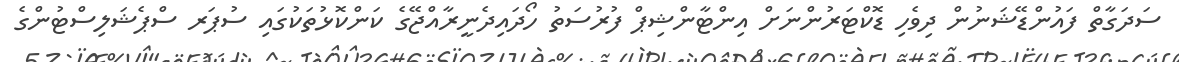
ސަދަގާތް ފައުންޑޭޝަނުން ދިވެހި ޑޮކްޓަރުންނަށް އިންޓާންޝިޕް ފުރުސަތު ހޯދައިދެނީރާއްޖޭގެ ކަންކޮޅުތަކުގައި ސުޕަރ ސްޕެޝަލިސްޓުންގެ